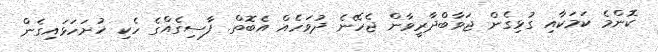
ކޮންމެ ކަމަކާއި ގުޅިގެން ޖަވާބްދާރީވާން ޖެހޭނެ ދުވަހެއް އެބޮތް. ފާސިގެއްގެ ހެކި ހުށަހަޅައިގެން